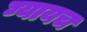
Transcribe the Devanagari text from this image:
घ्यायच